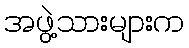
အဖွဲ့သားများက